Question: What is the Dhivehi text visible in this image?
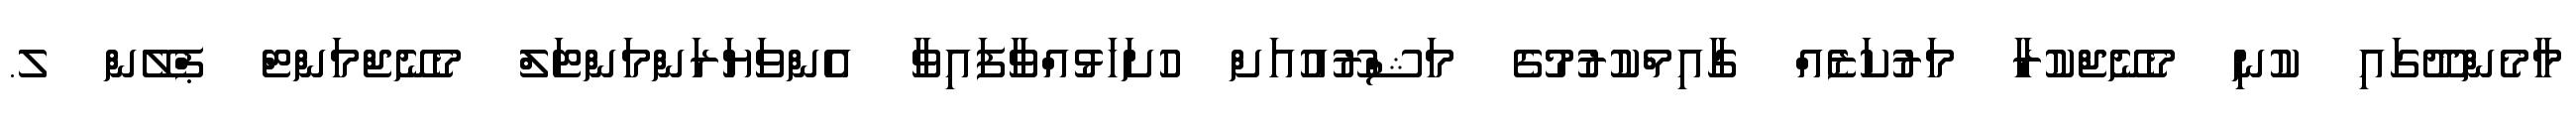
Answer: މާމެންދޫގައި ކުނި މެނޭޖްކުރާ މަރުކަޒެއް ގާއިމްކުރުމުގެ މަޝްރޫއުއަށް ހުށަހަޅުއްވާފައިވާ އެންވަޔަރަންމަންޓަލް މެނޭޖްމަންޓް ޕްލޭން ލ.